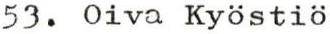
53. Oiva Kyöstiö